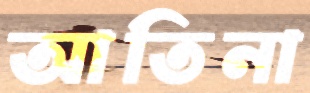
আতিনা